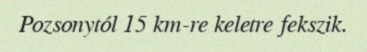
Pozsonytól 15 km-re keletre fekszik.